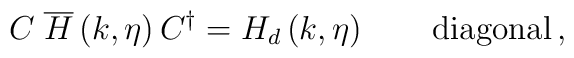
C \; \overline{H} \left( k, \eta \right) C^\dagger = H_d\left( k, \eta \right) \qquad \mbox{diagonal} \,,